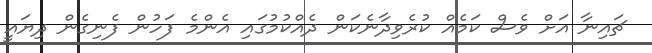
ޗައިނާ އަށް ވެސް ކަމެއް ކުރެވިދާނެކަން ދެއްކުމުގައި އެންމެ ފަހުން ފެނިގެން ދިޔައީ